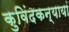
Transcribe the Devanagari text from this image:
कुविंदकन्यायां